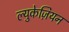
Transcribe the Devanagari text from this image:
ल्युकेज़ियन